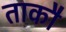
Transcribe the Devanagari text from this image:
ताकौ